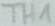
Text: TH1